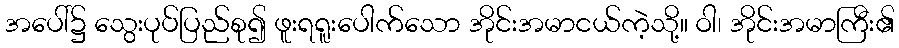
အပေါ်၌ သွေးပုပ်ပြည်စု၍ ဖူးရရူးပေါက်သော အိုင်းအမာငယ်ကဲ့သို့။ ဝါ၊ အိုင်းအမာကြီး၏